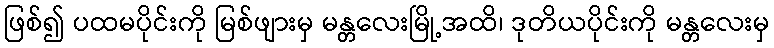
ဖြစ်၍ ပထမပိုင်းကို မြစ်ဖျားမှ မန္တလေးမြို့အထိ၊ ဒုတိယပိုင်းကို မန္တလေးမှ